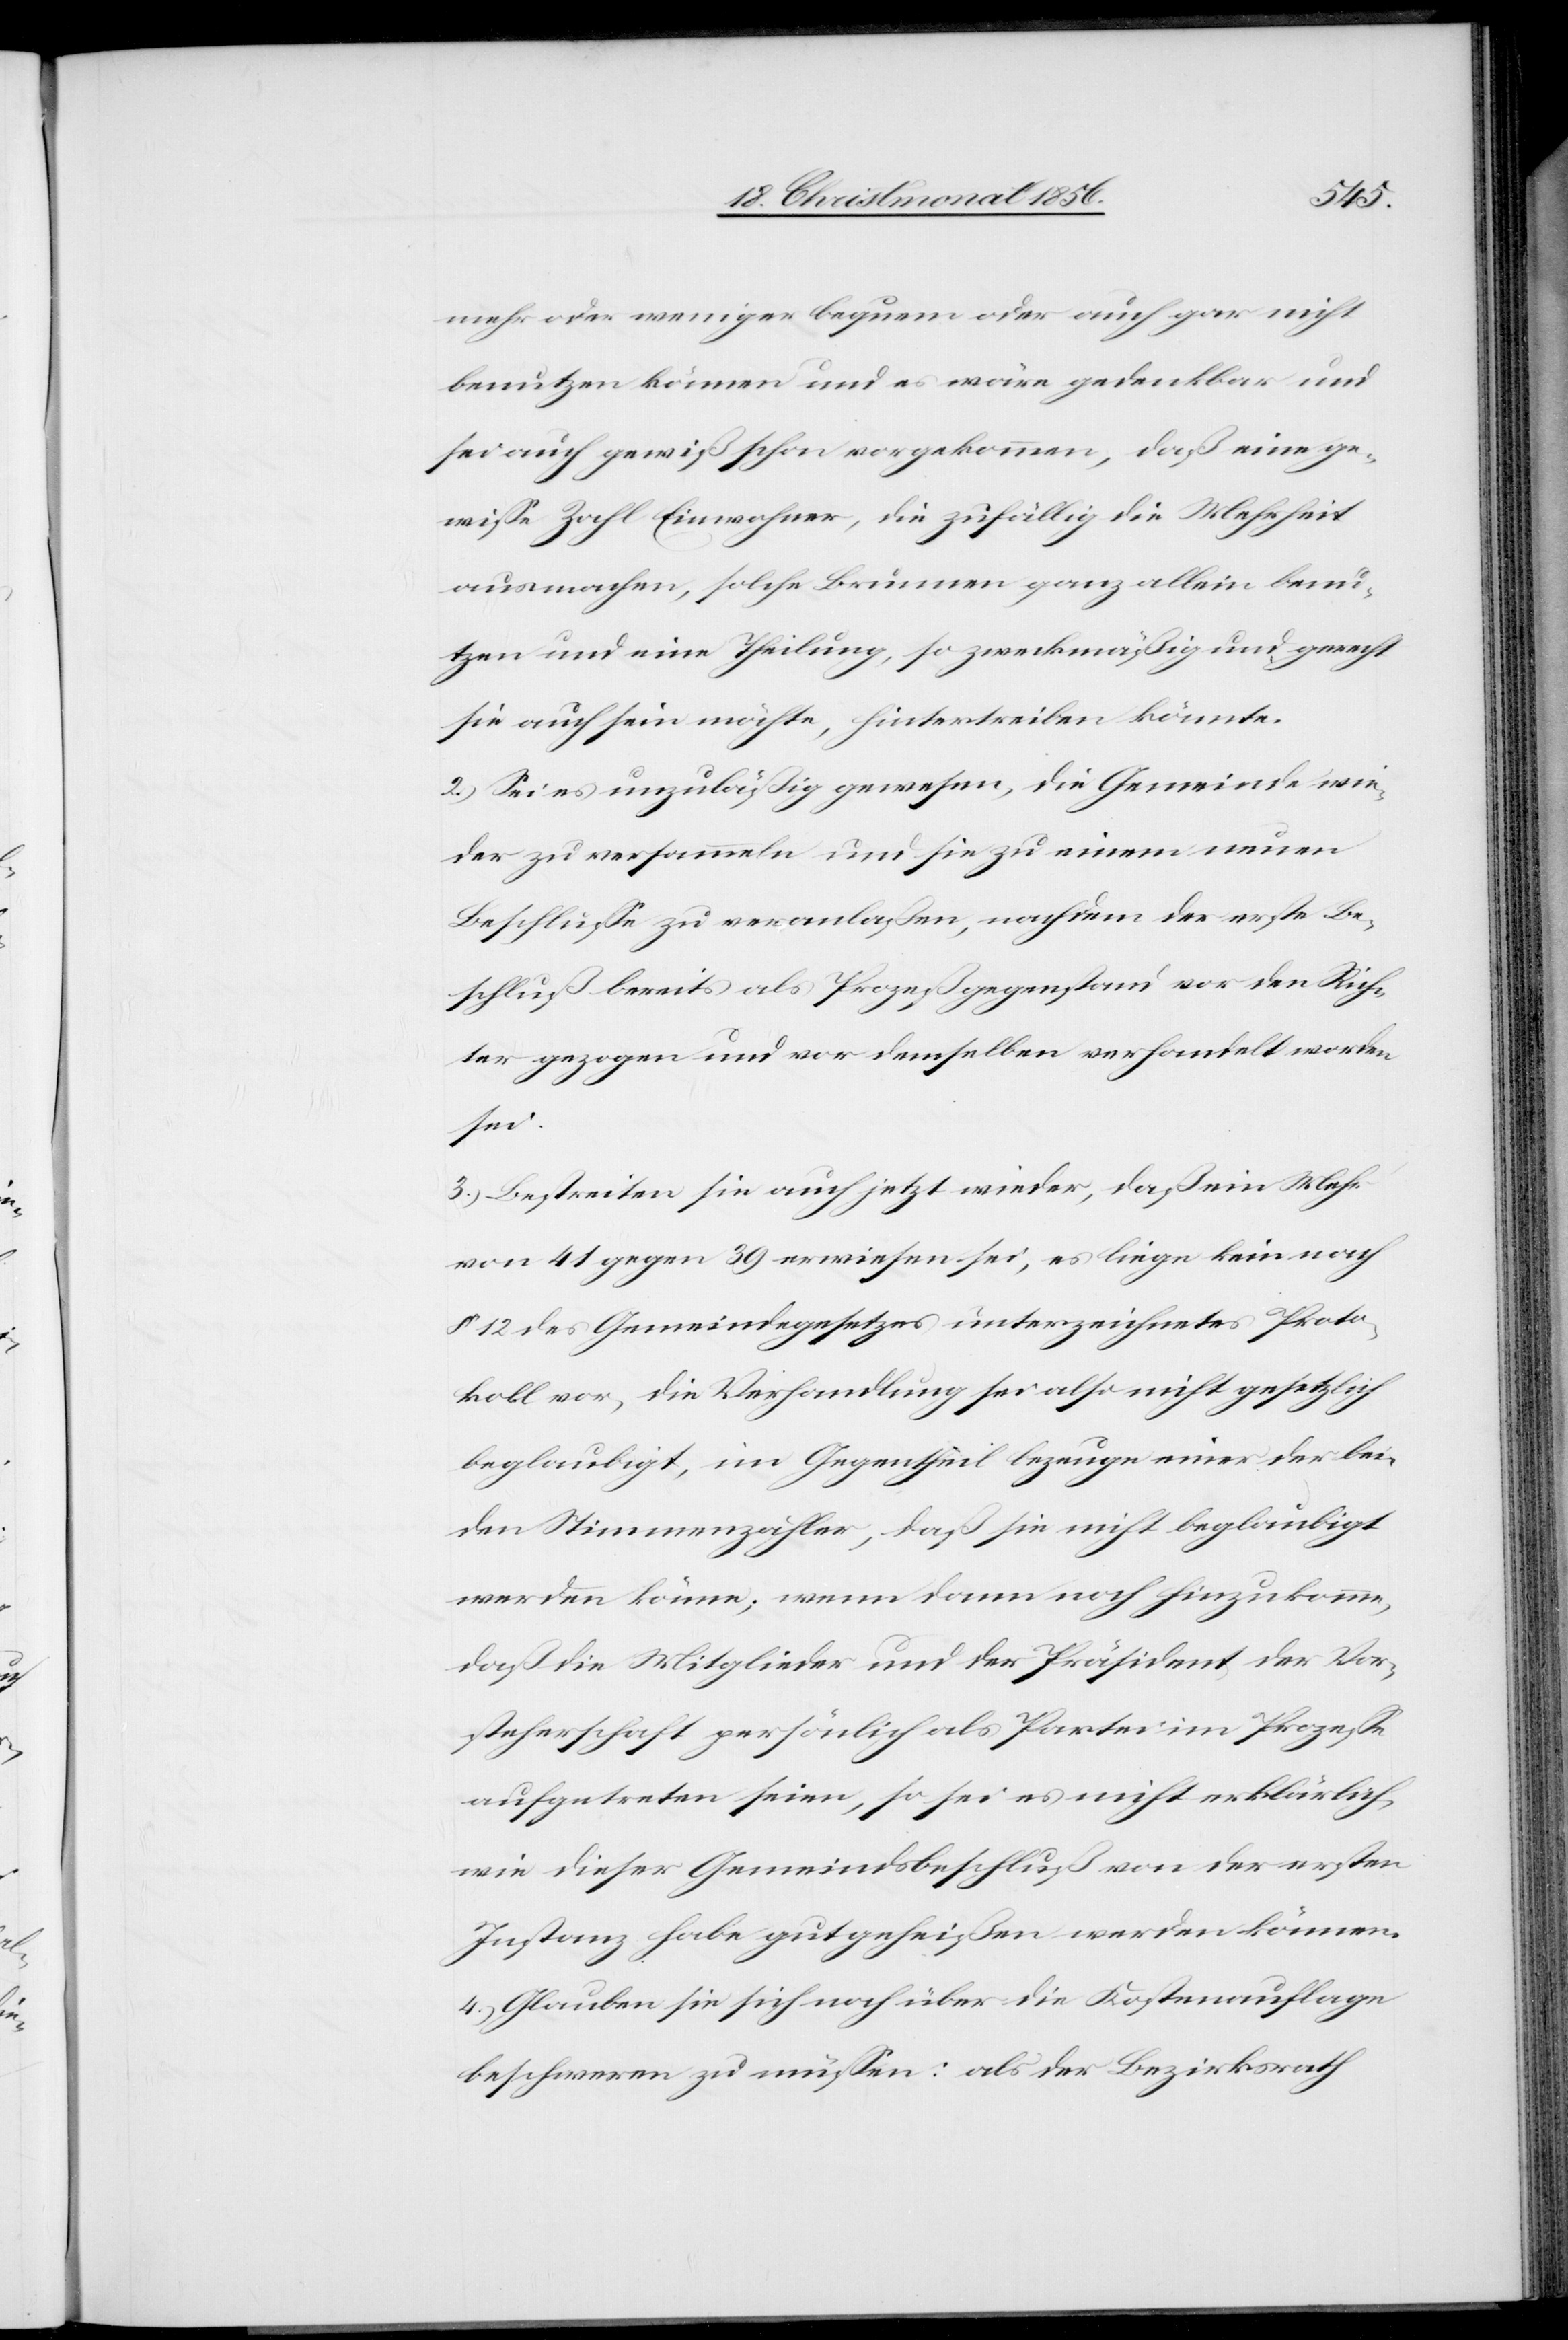
mehr oder weniger bequem oder auch gar nicht
benutzen können und es wäre gedenkbar und
sei auch gewiß schon vorgekommen, daß eine ge¬
wisse Zahl Einwohner, die zufällig die Mehrheit
ausmachen, solche Brunnen ganz allein benu¬
tzen und eine Theilung, so zweckmäßig und gerecht
sie auch sein möchte, hintertreiben könnte.
2.) Sei es unzuläßig gewesen, die Gemeinde wie¬
der zu versammeln und sie zu einem neuen
Beschlusse zu veranlaßen, nachdem der erste Be¬
schluß bereits als Prozeßgegenstand vor den Rich¬
ter gezogen und vor demselben verhandelt worden
sei.
3.) Bestreiten sie auch jetzt wieder, daß ein Mehr
von 41 gegen 39 erwiesen sei, es liege kein nach
§ 12 des Gemeindegesetzes unterzeichnetes Proto¬
koll vor, die Verhandlung sei also nicht gesetzlich
beglaubigt, im Gegentheil bezeuge einer der bei¬
den Stimmenzähler, daß sie nicht beglaubigt
werden könne; wenn dann noch hinzukomme,
daß die Mitglieder und der Präsident der Vor¬
steherschaft persönlich als Partei im Prozesse
aufgetreten seien, so sei es nicht erklärlich,
wie dieser Gemeindsbeschluß von der ersten
Instanz habe gutgeheißen werden können.
4.) Glauben sie sich noch über die Kostenauflage
beschweren zu müssen: als der Bezirksrath